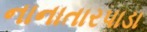
નાનાતારપાડા